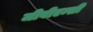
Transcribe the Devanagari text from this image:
जीवीएम्सी